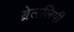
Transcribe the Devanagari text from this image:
ब्रेललिपी